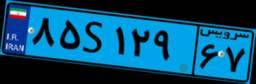
۸۵S۱۲۹۶۷